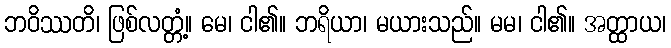
ဘဝိဿတိ၊ ဖြစ်လတ္တံ့။ မေ၊ ငါ၏။ ဘရိယာ၊ မယားသည်။ မမ၊ ငါ၏။ အတ္ထာယ၊